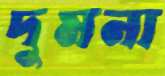
দুমনা